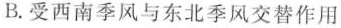
B.受西南季风与东北季风交替作用